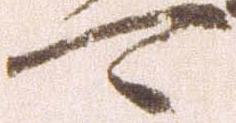
可